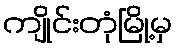
ကျိုင်းတုံမြို့မှ